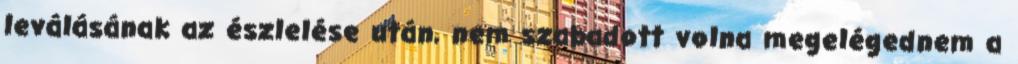
leválásának az észlelése után, nem szabadott volna megelégednem a